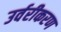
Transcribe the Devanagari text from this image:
उर्वरीकरण